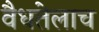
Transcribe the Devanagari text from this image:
वैधतेलाच